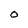
Character: O